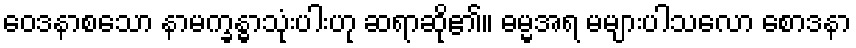
ဝေဒနာစသော နာမက္ခန္ဓာသုံးပါးဟု ဆရာဆို၏။ ဓမ္မအရ မများပါသလော စောဒနာ